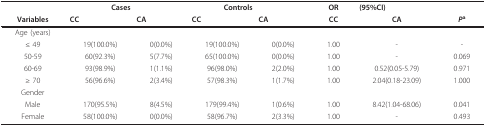
|  | Cases |  | Controls |  | OR | (95%CI) |  |
 | Variables | CC | CA | CC | CA | CC | CA | Pa |
 | --- | --- | --- | --- | --- | --- | --- | --- |
 | Age (years) |  |  |  |  |  |  |  |
 | ≤ 49 | 19(100.0%) | 0(0.0%) | 19(100.0%) | 0(0.0%) | 1.00 | - | - |
 | 50-59 | 60(92.3%) | 5(7.7%) | 65(100.0%) | 0(0.0%) | 1.00 | - | 0.069 |
 | 60-69 | 93(98.9%) | 1(1.1%) | 96(98.0%) | 2(2.0%) | 1.00 | 0.52(0.05-5.79) | 0.971 |
 | ≥ 70 | 56(96.6%) | 2(3.4%) | 57(98.3%) | 1(1.7%) | 1.00 | 2.04(0.18-23.09) | 1.000 |
 | Gender |  |  |  |  |  |  |  |
 | Male | 170(95.5%) | 8(4.5%) | 179(99.4%) | 1(0.6%) | 1.00 | 8.42(1.04-68.06) | 0.041 |
 | Female | 58(100.0%) | 0(0.0%) | 58(96.7%) | 2(3.3%) | 1.00 | - | 0.493 |